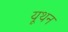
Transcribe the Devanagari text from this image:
यूथन